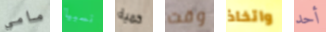
مامي نسبيا كمية وقت واتخاذ أحد